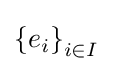
\left\{e_{i}\right\}_{i\in I}